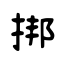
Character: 挷